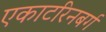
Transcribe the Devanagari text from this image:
एकाटरिनबर्ग